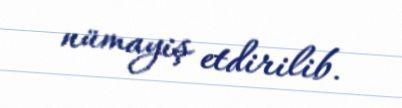
nümayiş etdirilib.